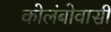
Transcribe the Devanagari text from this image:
कोलंबोवासी